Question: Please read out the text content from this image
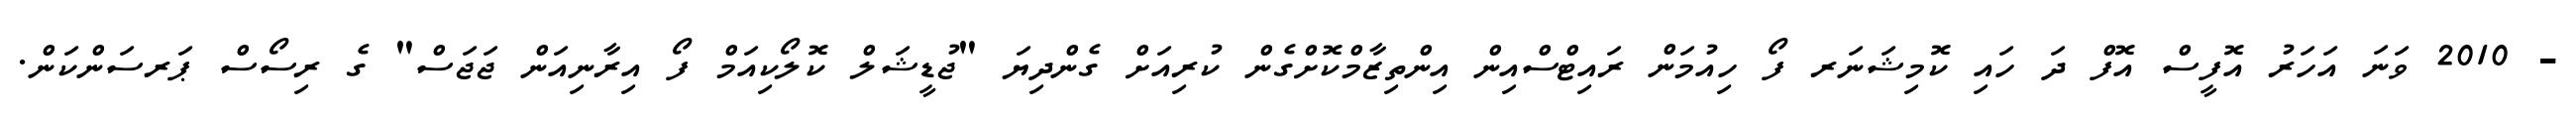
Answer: - 2010 ވަނަ އަހަރު އޮފީސް އޮފް ދަ ހައި ކޮމިޝަނަރ ފޯ ހިއުމަން ރައިޓްސްއިން އިންތިޒާމްކޮށްގެން ކުރިއަށް ގެންދިޔަ "ޖުޑީޝަލް ކޮލޯކިއަމް ފޯ އިރާނިއަން ޖަޖަސް" ގެ ރިސޯސް ޕަރސަންކަން.